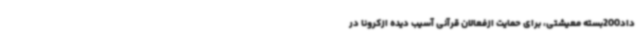
داد200بسته معیشتی، برای حمایت ازفعالان قرآنی آسیب دیده ازکرونا در